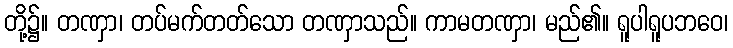
တို့၌။ တဏှာ၊ တပ်မက်တတ်သော တဏှာသည်။ ကာမတဏှာ၊ မည်၏။ ရူပါရူပဘဝေ၊